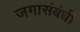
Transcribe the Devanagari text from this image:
जगासंबंधी